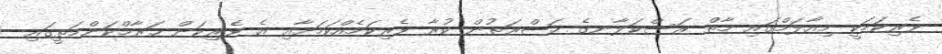
ވެރިކަމަކީ މިއާލަމްގައި މާތް ރަސްކަލާނގެ ޙަޟްރަތުން ކުރާ ވެރިކަމެއްކަމަށާއި އެ ވެރިކަން ޚަރާމްކަންމަތީގައި